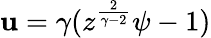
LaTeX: \mathbf{u}=\gamma(z^{\frac{{2}}{{\gamma-2}}}\psi-1)